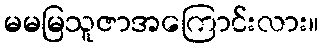
မမမြသူဇာအကြောင်းလား။